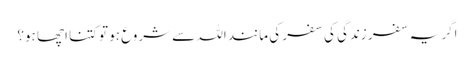
اگر یہ سفر زندگی کی سفر کی مانند اللہ سے شروع ہو تو کتنا اچھا ہو؟